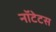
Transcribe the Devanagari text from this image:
नॉटेटस